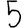
Digit: 5